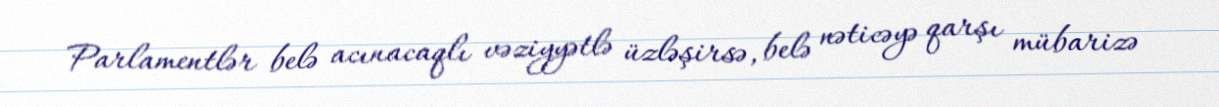
Parlamentlər belə acınacaqlı vəziyyətlə üzləşirsə, belə nəticəyə qarşı mübarizə